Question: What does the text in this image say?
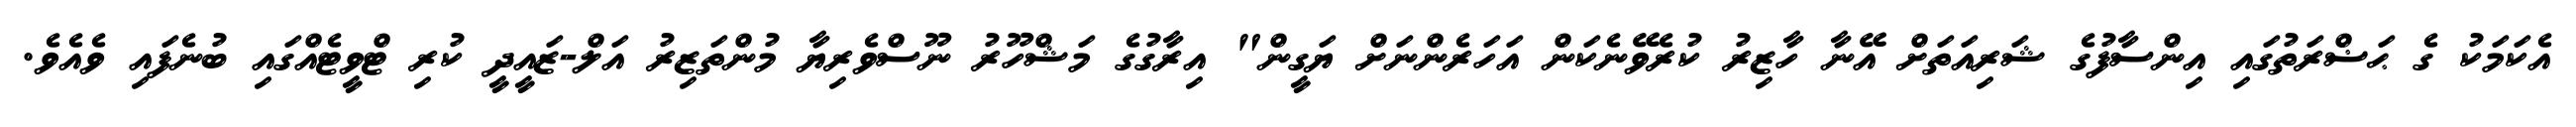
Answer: އެކަމަކު ގެ ޙަޟްރަތުގައި އިންސާފުގެ ޝަރިއަތަށް އޭނާ ހާޒިރު ކުރެވޭނެކަން އަހަރެންނަށް ޔަގީން" އިރާގުގެ މަޝްހޫރު ނޫސްވެރިޔާ މުންތަޒިރު އަލް-ޒައީދީ ކުރި ޓްވީޓެއްގައި ބުނެފައި ވެއެވެ.